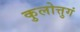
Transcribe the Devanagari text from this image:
कुलोत्तुगं